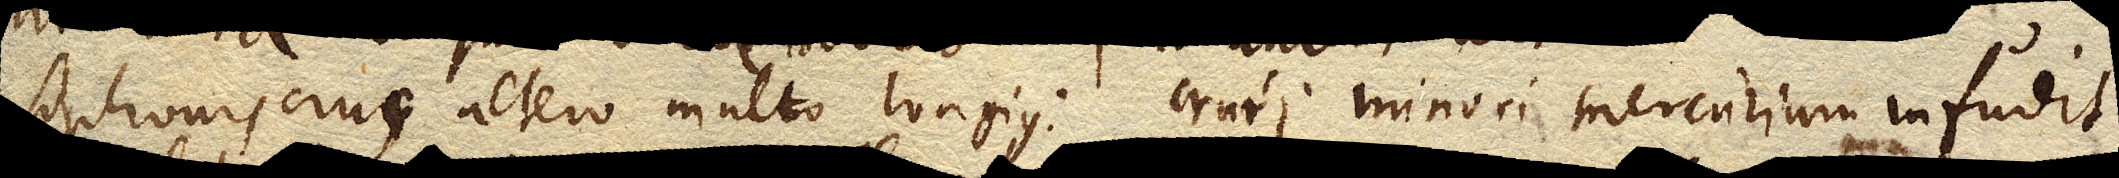
siphonis crus altero multo longius. Cruri minori Mercurium,